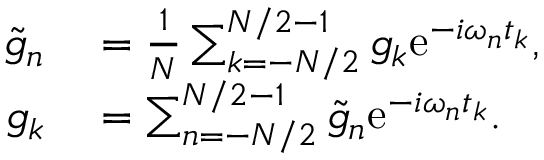
\begin{array} { r l } { \tilde { g } _ { n } } & { { } = \frac { 1 } { N } \sum _ { k = - N / 2 } ^ { N / 2 - 1 } g _ { k } \mathrm { e } ^ { - i \omega _ { n } t _ { k } } , } \\ { g _ { k } } & { { } = \sum _ { n = - N / 2 } ^ { N / 2 - 1 } \tilde { g } _ { n } \mathrm { e } ^ { - i \omega _ { n } t _ { k } } . } \end{array}